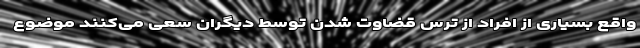
واقع بسیاری از افراد از ترس قضاوت شدن توسط دیگران سعی می‌کنند موضوع